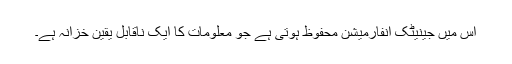
اس میں جینیٹک انفارمیشن محفوظ ہوتی ہے جو معلومات کا ایک ناقابل یقین خزانہ ہے۔